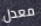
معدل